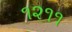
૧૨૧૧